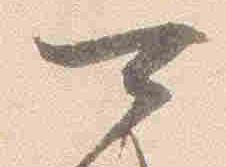
可